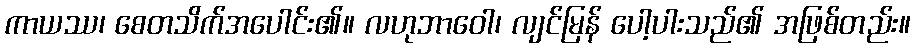
ကာယဿ၊ စေတသိက်အပေါင်း၏။ လဟုဘာဝေါ၊ လျင်မြန် ပေါ့ပါးသည်၏ အဖြစ်တည်း။